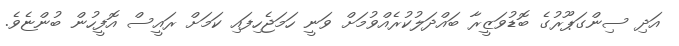
އަދި ސިންގަޕޫރުގެ ބޮޑުވަޒީރާ ބައްދަލުކުރެއްވުމަށް ވަނީ ހަމަޖެހިފައި ކަމަށް ރައީސް އޮފީހުން ބުންޏެވެ.